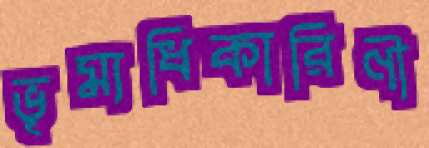
ভূম্যধিকারিণী